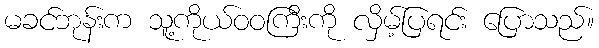
မခင်ဘုန်းက သူ့ကိုယ်ဝဝကြီးကို လှိမ့်ပြရင်း ပြောသည်။